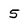
Character: 5